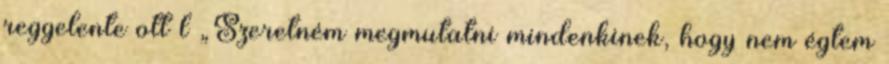
reggelente ott l „Szeretném megmutatni mindenkinek, hogy nem égtem